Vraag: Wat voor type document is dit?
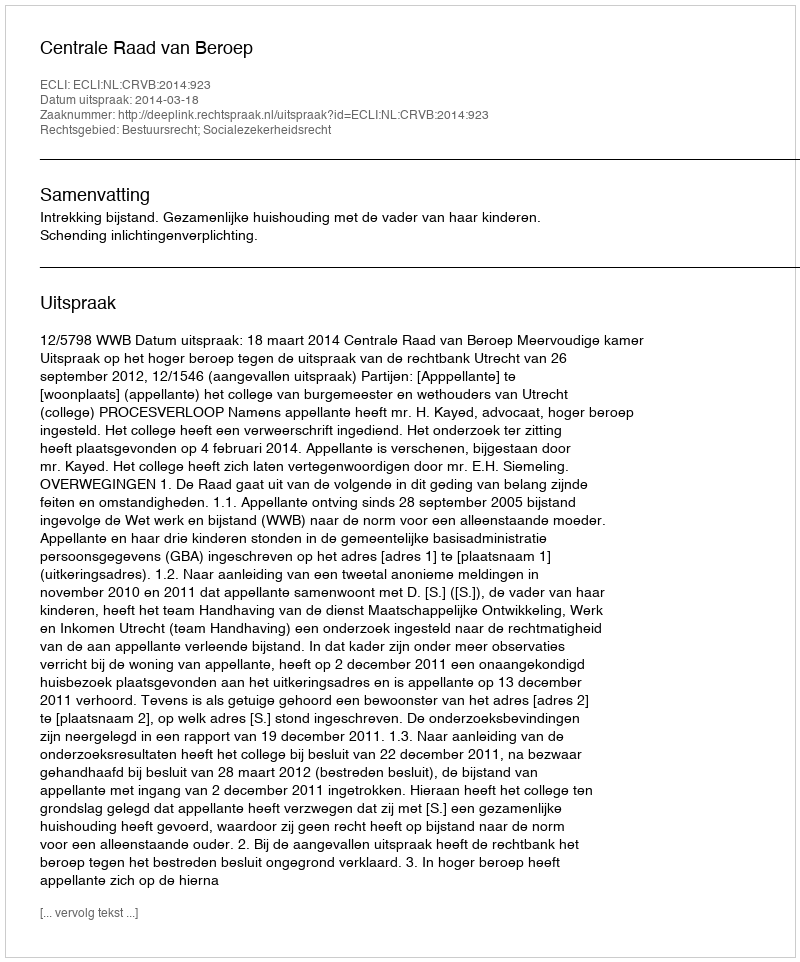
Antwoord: Uitspraak